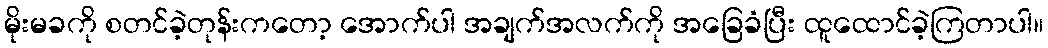
မိုးမခကို စတင်ခဲ့တုန်းကတော့ အောက်ပါ အချက်အလက်ကို အခြေခံပြီး ထူထောင်ခဲ့ကြတာပါ။